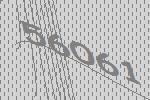
56061